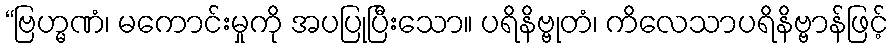
“ဗြဟ္မဏံ၊ မကောင်းမှုကို အပပြုပြီးသော။ ပရိနိဗ္ဗုတံ၊ ကိလေသာပရိနိဗ္ဗာန်ဖြင့်